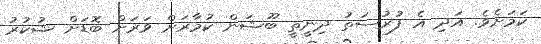
ކަމަށެވެ. އަދި އެ ފުރުސަތު ދިނީތީ ބޫޝަން ކުމާރަށް ވަރަށް ބޮޑަށް ޝުކުރު